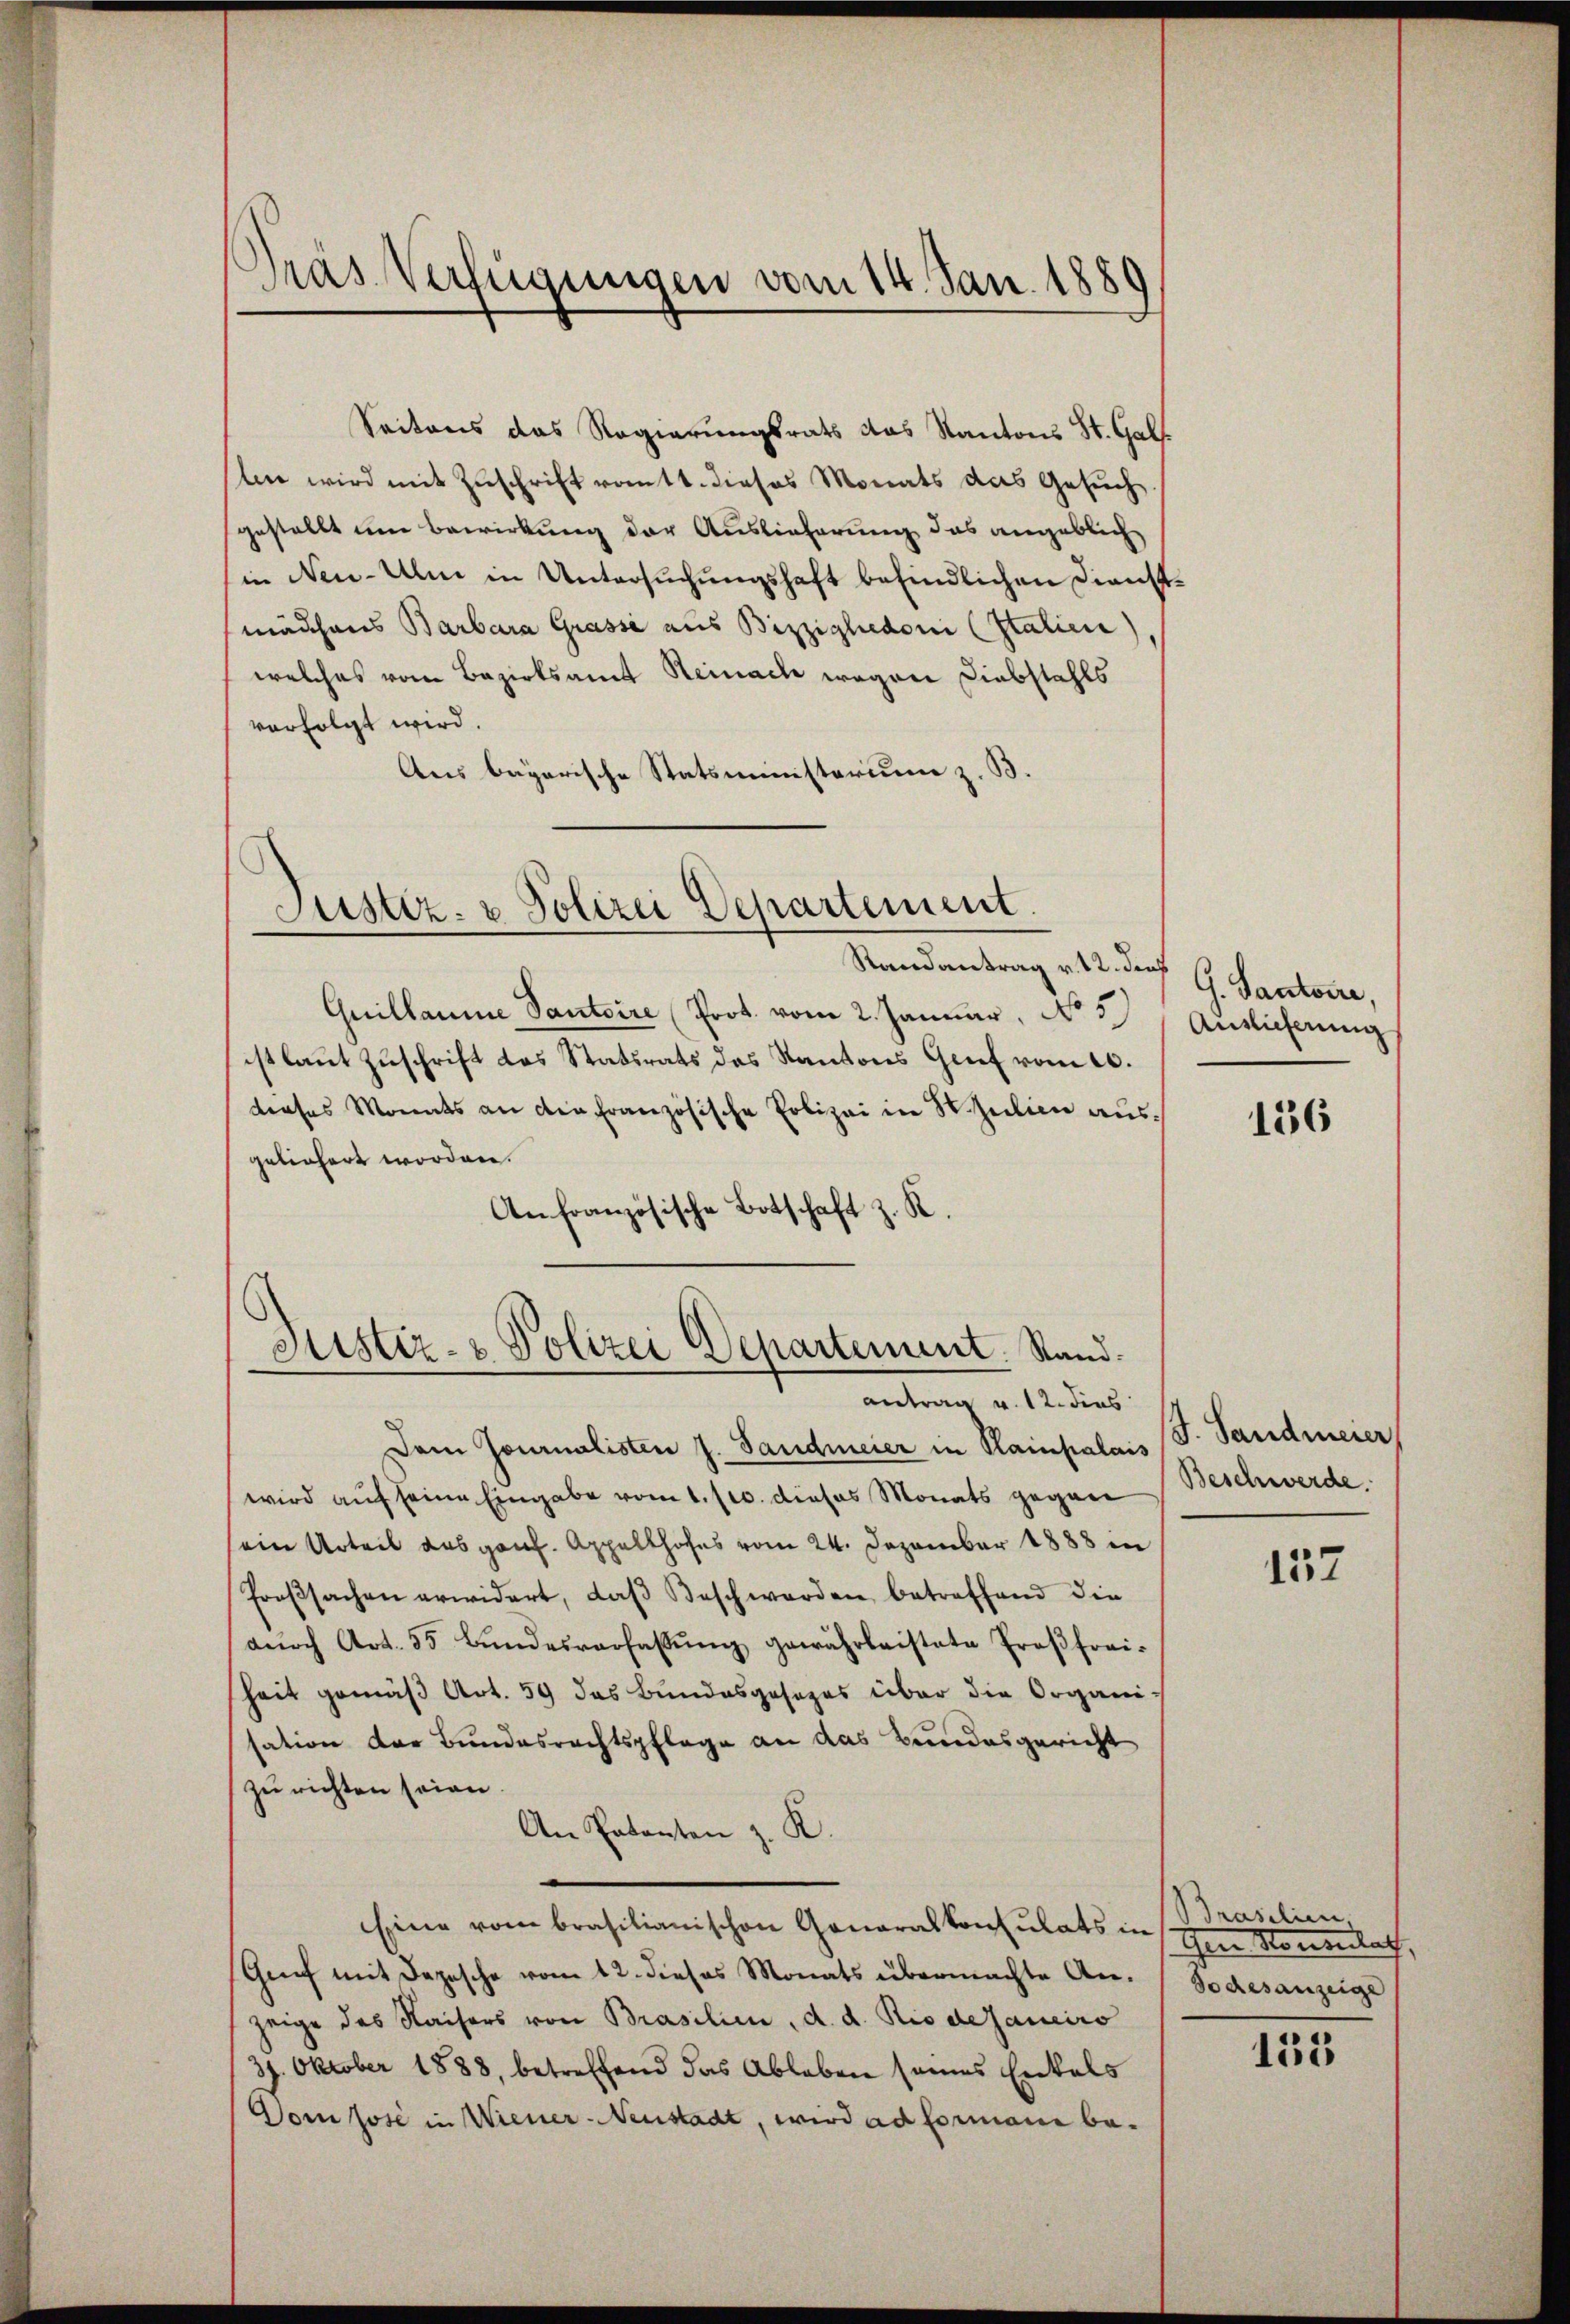
Präs. Verfügungen vom 14. Jan. 1889

Seitens das Regierungsrath das Kantons St. Gal
slen wird mit Zuschrift vomtt. Dieses Monats das Gesuch.
gestellt um Bewirkung der Auslieferung das angeblich
in Neu-Ulm in Untersuchungshaft befindlichen Dienstmädchens Barbara Grasse aus Bizzighedoni (Italien)
welches vom Bezirksamt Reinach wegen Diebstahls
verfolgt wird.
Ans bagarische Statsministerium z. B.

Justiz- & Polizei Departement.
Randantrag v. 12. Jus

Justiz- & Polizei Departement. Stand.
antrag v. 12. dies

Quillaume Santaire (Prot. vom 2. Januar, No 5
ist laut Zuschrift des Statsrats des Kantons Genf vom 10.
dieses Monats an die Französische Polizei in Sulien ausgeliefert worden.
Anfranzösische Botschaft z. K.

Dem Journalisten J. Landmeier in Rainpalais
wird auf seine Eingabe vom 1. /10. dieses Monats gegen Beschwerde.
ein Urteil das ganz. Appellhofes vom 24. Dezember 1888 in
Froβsachen erwidert, daβ Beschwerden betreffend die
dŭrch Art. 55 Bŭndesverfassŭng gewährleistete Proβfrri-
heit gemäß Art. 59 das Bundesgesezes über die Organi-
sation der Bundesrechtspflege an das Bundesgericht
zu richten seien.
An Patenten z. K.
Eine vom Brasilianischen Generalkonsulats in Brasilien,
Grief mit Depesche vom 12. dieses Monats übermachte An- Todesanzeige
zeige des Kaisers von Brasilien, d. d. Rio dejaneiro
37. Oktober 1888, betreffend das Ableben seines Entals
Don Jose in Wiener-Neustadt, wird ad Formani be¬

G. Santoire,
Auslieferung

136

J. Landmeier,

137

Ien Momentat

135